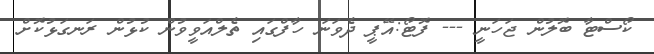
ކޯސްޓާ ބޮލުން ޖަހަނީ --- ފޮޓޯ:އޭޕީ ދެވަނަ ހާފްގައި ތެލްއަވީވުން ކުޅުން ރަނގަޅުކޮށް